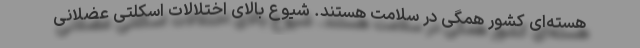
هسته‌ای کشور همگی در سلامت هستند. شیوع بالای اختلالات اسکلتی عضلانی